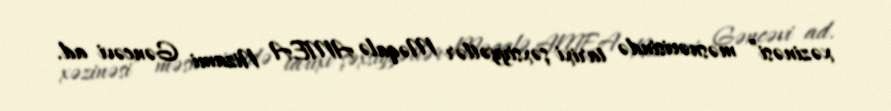
xəzinəsi” məsnəvisində tarixi şəxsiyyətlər Məqalə AMEA Nizami Gəncəvi ad.